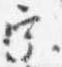
宗